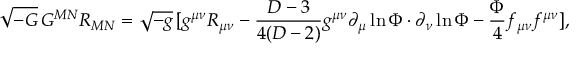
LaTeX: \sqrt { - G } \, G ^ { M N } R _ { M N } = \sqrt { - g } \, [ g ^ { \mu \nu } R _ { \mu \nu } - \frac { D - 3 } { 4 ( D - 2 ) } g ^ { \mu \nu } \partial _ { \mu } \ln \Phi \cdot \partial _ { \nu } \ln \Phi - \frac { \Phi } { 4 } f _ { \mu \nu } f ^ { \mu \nu } ] ,